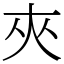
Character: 夾